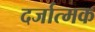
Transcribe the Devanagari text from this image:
दर्जात्मक